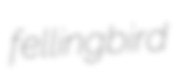
fellingbird